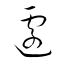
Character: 遽